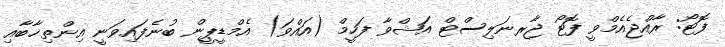
ފޮޓޯ: ރާއްޖެއެމްވީ ފޮޓޯ ޖާރނަލިސްޓް އަޝްވާ ފަހީމް (އައްވަ) އެމްޑީޕީން ބުނެފައިވަނީ އިންތިޚާބާއި